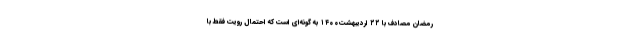
رمضان مصادف با ۲۲ اردیبهشت۱۴۰۰ به گونه‌ای است که احتمال رویت فقط با